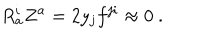
LaTeX: R _ { a } ^ { i } Z ^ { a } = 2 y _ { j } f ^ { j i } \approx 0 \ .